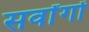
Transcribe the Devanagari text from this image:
सर्वांगों